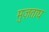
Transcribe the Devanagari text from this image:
मुज़ताघ